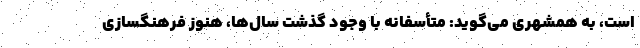
است، به همشهری می‌گوید: متأسفانه با وجود گذشت سال‌ها، هنوز فرهنگسازی‌